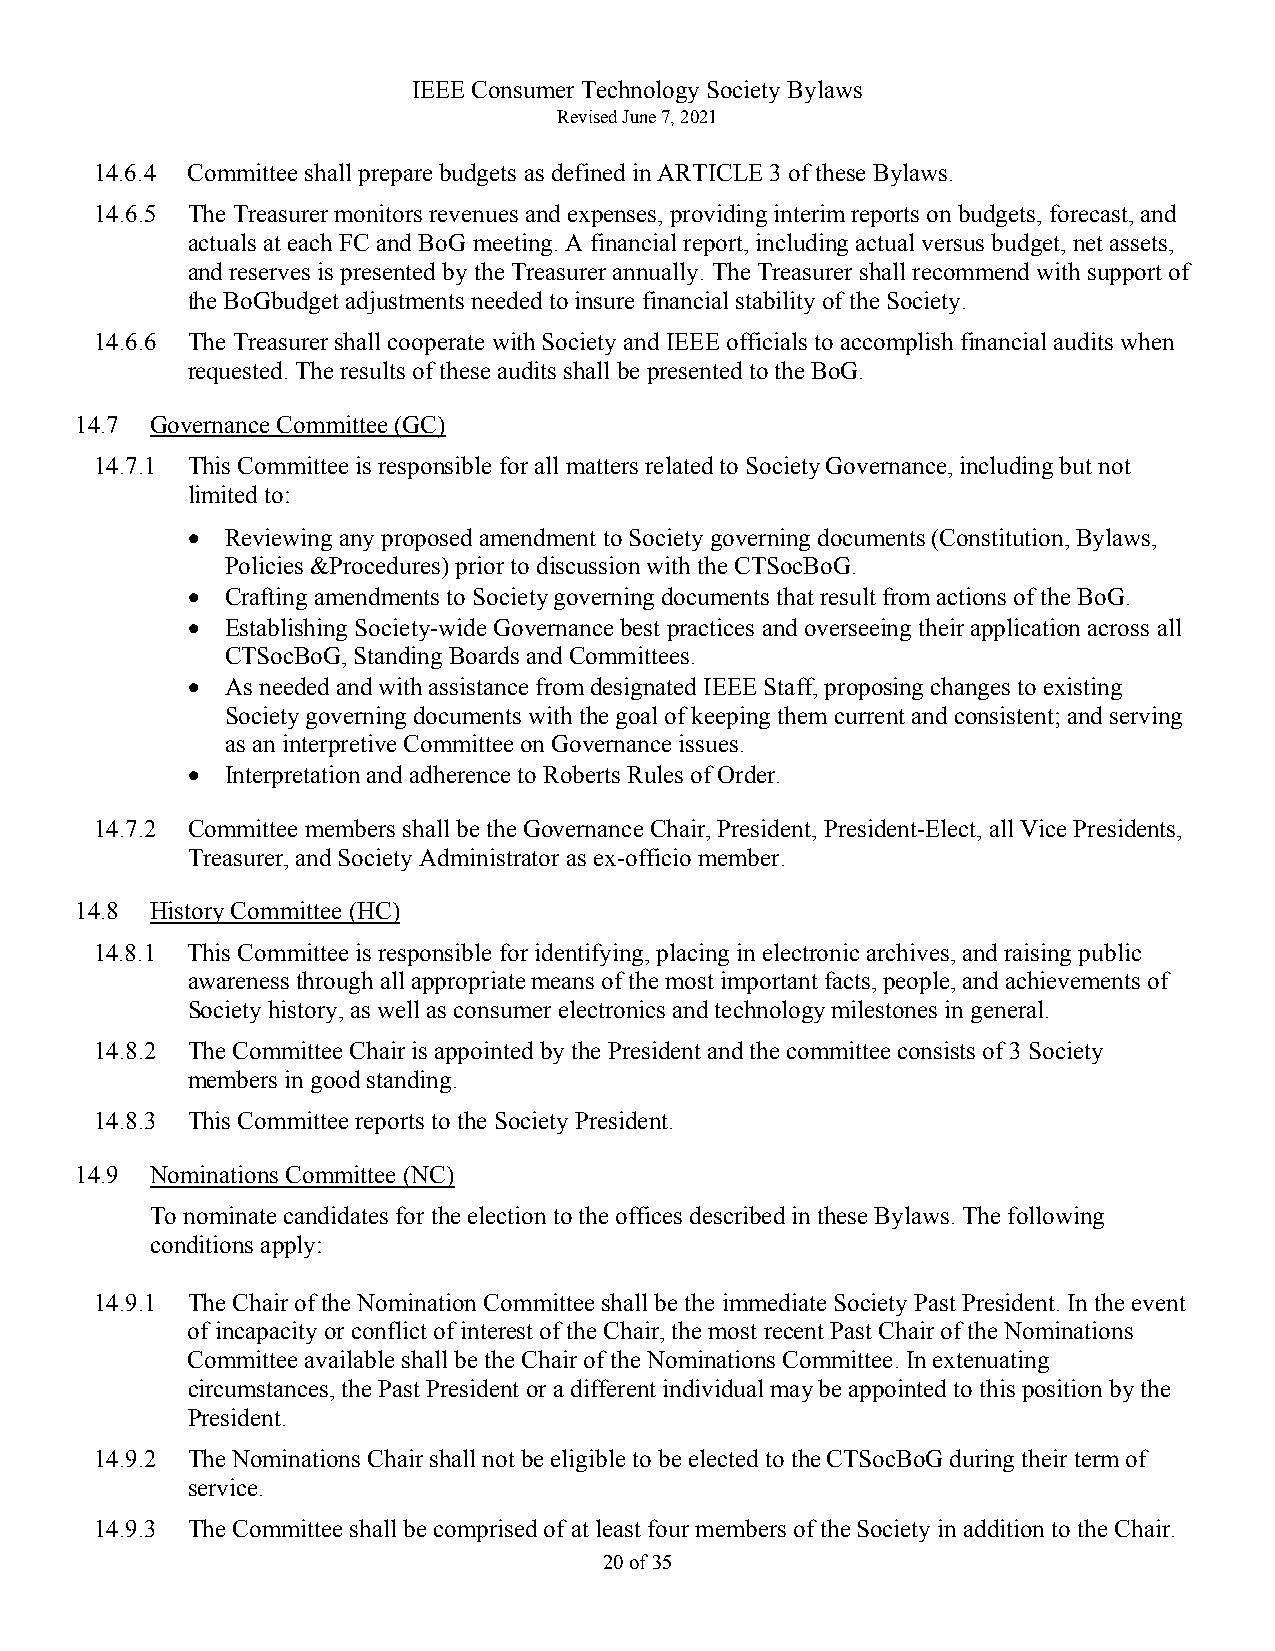
IEEE Consumer Technology Society Bylaws
 Revised June 7, 2021
 14.6.4 Committee shall prepare budgets as defined in ARTICLE 3 of these Bylaws.
 14.6.5 The Treasurer monitors revenues and expenses, providing interim reports on budgets, forecast, and
 actuals at each FC and BoG meeting. A financial report, including actual versus budget, net assets,
 and reserves is presented by the Treasurer annually. The Treasurer shall recommend with support of
 the BoGbudget adjustments needed to insure financial stability of the Society.
 14.6.6 The Treasurer shall cooperate with Society and IEEE officials to accomplish financial audits when
 requested. The results of these audits shall be presented to the BoG.
 14.7 Governance Committee (GC)
 14.7.1 This Committee is responsible for all matters related to Society Governance, including but not
 limited to:
 •  Reviewing any proposed amendment to Society governing documents (Constitution, Bylaws,
 Policies &Procedures) prior to discussion with the CTSocBoG.
 •  Crafting amendments to Society governing documents that result from actions of the BoG.
 •  Establishing Society-wide Governance best practices and overseeing their application across all
 CTSocBoG, Standing Boards and Committees.
 •  As needed and with assistance from designated IEEE Staff, proposing changes to existing
 Society governing documents with the goal of keeping them current and consistent; and serving
 as an interpretive Committee on Governance issues.
 •  Interpretation and adherence to Roberts Rules of Order.
 14.7.2 Committee members shall be the Governance Chair, President, President-Elect, all Vice Presidents,
 Treasurer, and Society Administrator as ex-officio member.
 14.8 History Committee (HC)
 14.8.1 This Committee is responsible for identifying, placing in electronic archives, and raising public
 awareness through all appropriate means of the most important facts, people, and achievements of
 Society history, as well as consumer electronics and technology milestones in general.
 14.8.2 The Committee Chair is appointed by the President and the committee consists of 3 Society
 members in good standing.
 14.8.3 This Committee reports to the Society President.
 14.9 Nominations Committee (NC)
 To nominate candidates for the election to the offices described in these Bylaws. The following
 conditions apply:
 14.9.1 The Chair of the Nomination Committee shall be the immediate Society Past President. In the event
 of incapacity or conflict of interest of the Chair, the most recent Past Chair of the Nominations
 Committee available shall be the Chair of the Nominations Committee. In extenuating
 circumstances, the Past President or a different individual may be appointed to this position by the
 President.
 14.9.2 The Nominations Chair shall not be eligible to be elected to the CTSocBoG during their term of
 service.
 14.9.3 The Committee shall be comprised of at least four members of the Society in addition to the Chair.
 20 of 35